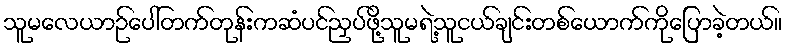
သူမလေယာဉ်ပေါ်တက်တုန်းကဆံပင်ညှပ်ဖို့သူမရဲ့သူငယ်ချင်းတစ်ယောက်ကိုပြောခဲ့တယ်။